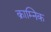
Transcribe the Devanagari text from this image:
क्राम्निक